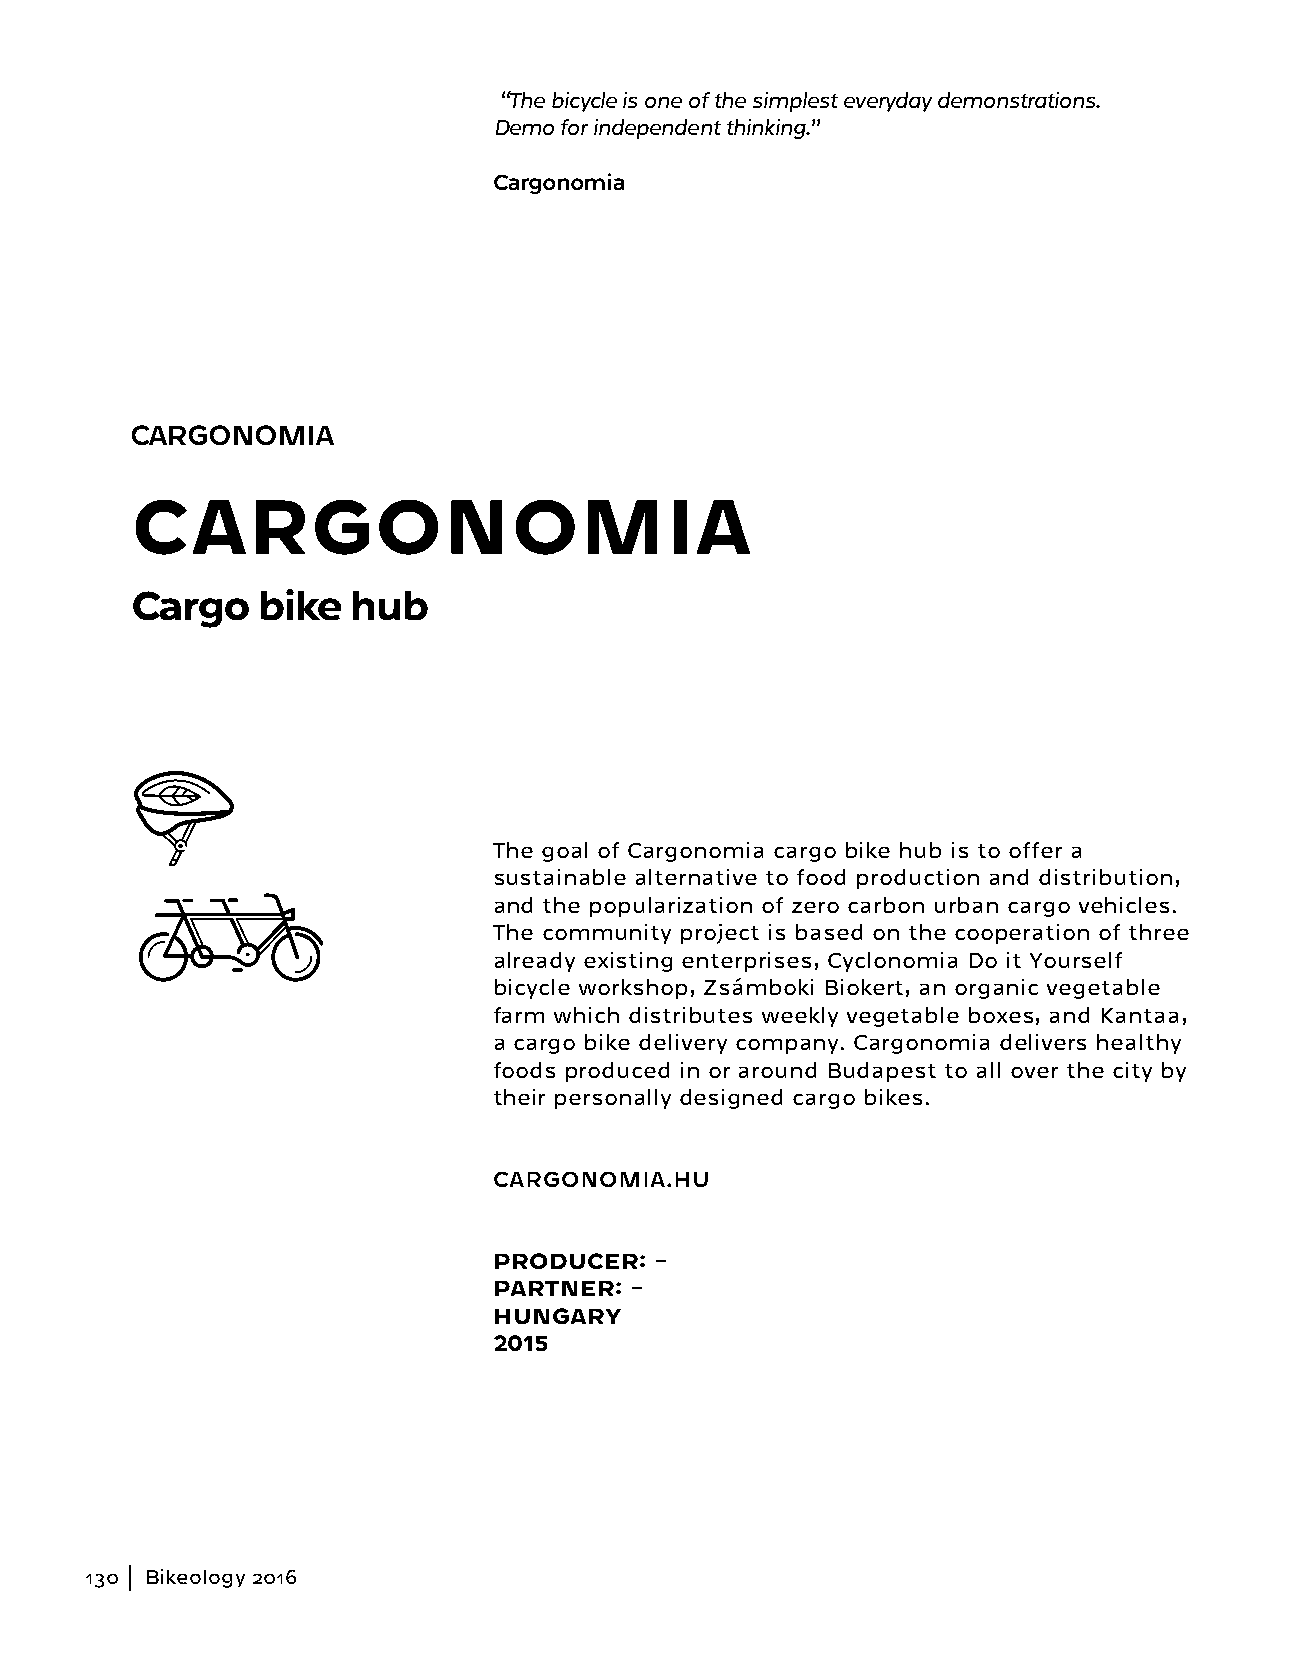
“The bicycle is one of the simplest everyday demonstrations.
 Demo for independent thinking.”
 Cargonomia
 CARGONOMIA
 CARGONOMIA
 Cargo   bike  hub
 The goal of Cargonomia cargo bike hub is to offer a
 sustainable alternative to food production and distribution,
 and the popularization of zero carbon urban cargo vehicles.
 The community project is based on the cooperation of three
 already existing enterprises, Cyclonomia Do it Yourself
 bicycle workshop, Zsámboki Biokert, an organic vegetable
 farm which distributes weekly vegetable boxes, and Kantaa,
 a cargo bike delivery company. Cargonomia delivers healthy
 foods produced in or around Budapest to all over the city by
 their personally designed cargo bikes.
 CARGONOMIA.HU
 PRODUCER: –
 PARTNER: –
 HUNGARY
 2015
 130 Bikeology 2016